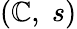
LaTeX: \textstyle(\mathbb{C},\; s)